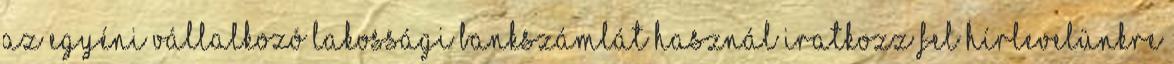
az egyéni vállalkozó lakossági bankszámlát használ Iratkozz fel hírlevelünkre